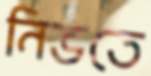
নিভতে